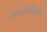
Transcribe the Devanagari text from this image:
गया।लेनॉक्स